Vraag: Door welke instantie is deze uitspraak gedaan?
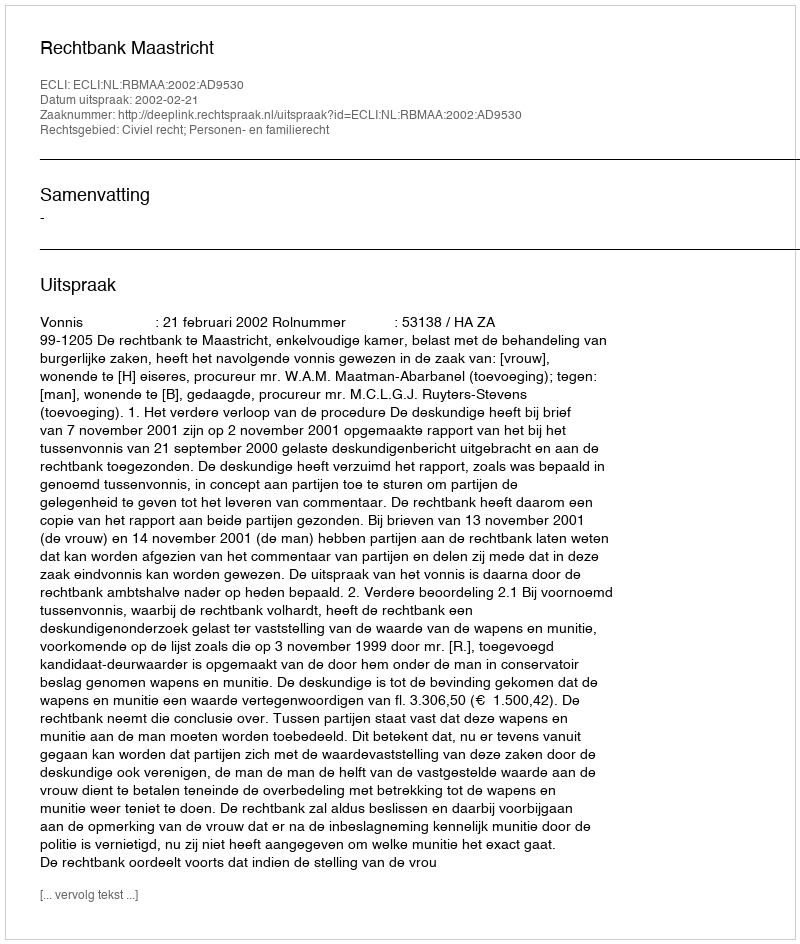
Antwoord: Rechtbank Maastricht